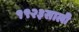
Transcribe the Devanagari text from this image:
१९२३साली